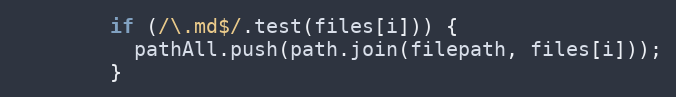
Language: JavaScript
        if (/\.md$/.test(files[i])) {
          pathAll.push(path.join(filepath, files[i]));
        }